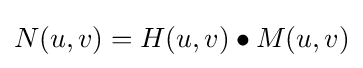
N(u,v)=H(u,v)\bullet M(u,v)